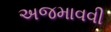
અજમાવવી